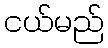
ငယ်မည်